Statistics of inoculations with Haffkine's anti-plague vaccine 1897-1900
Year: 1897
Disease focus: Plague
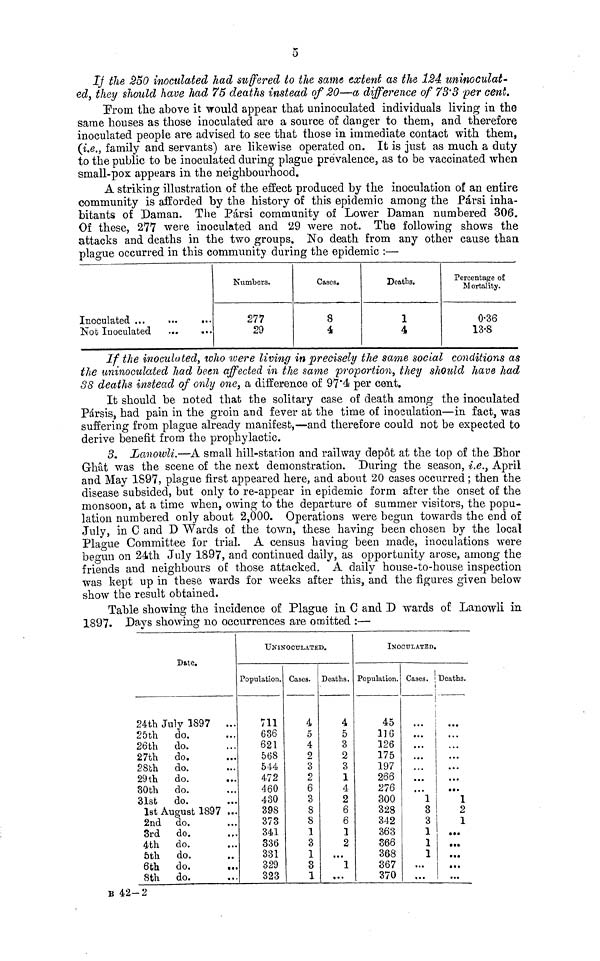
5
It the 250 inoculated had suffered to the same extent as the 124 uninoculat-
ed, they should have had 75 deaths instead of 20—a difference of 73'3 per cent.
From the above it would appear that uninoculated individuals living in the
same houses as those inoculated are a source of danger to them, and therefore
inoculated people are advised to see that those in immediate contact with them,
(i.e., family and servants) are likewise operated on. It is just as much a duty
to the public to be inoculated during plague prevalence, as to be vaccinated when
small-pox appears in the neighbourhood.
A striking illustration of the effect produced by the inoculation of an entire
community is afforded by the history of this epidemic among the Pársi inha-
bitants of Daman. The Pársi community of Lower Daman numbered 306.
Of these, 277 were inoculated and 29 were not. The following shows the
attacks and deaths in the two groups. No death from any other cause than
plague occurred in this community during the epidemic :—
Inoculated ...
...
...
Nob Inoculated ... ...
Numbers.
277
29
Cases.
8
4
Deaths.
1
4
Percentage of
Mortality.
0-36
13-8
If the inoculated, who were living in precisely the same social conditions as
the uninoculated had been affected in the same proportion, they should have had
38 deaths instead of only one, a difference of 97.4 per cent.
It should be noted that the solitary case of death among the inoculated
Pársis, had pain in the groin and fever at the time of inoculation—in fact, was
suffering from plague already manifest,—and therefore could not be expected to
derive benefit from the prophylactic.
3. Lanoivli.—A small hill-station and railway depot at the top of the Bhor
Ghat was the scene of the next demonstration. During the season, i.e., April
and May 1897, plague first appeared here, and about 20 cases occurred ; then the
disease subsided, but only to re-appear in epidemic form after the onset of the
monsoon, at a time when, owing to the departure of summer visitors, the popu-
lation numbered only about 2,000. Operations were begun towards the end of
July, in C and D Wards of the town, these having been chosen by the local
Plague Committee for trial. A census having been made, inoculations were
begun on 24th July 1897, and continued daily, as opportunity arose, among the
friends and neighbours of those attacked. A daily house-to-house inspection
was kept up in these wards for weeks after this, and the figures given below
show the result obtained.
Table showing the incidence of Plague in C and D wards of Lanowli in
1897. Days showing no occurrences are omitted :—
Date.
24th July 1897 ...
25th do. ...
26th do. ...
27th do. ...
28th
do. ...
29th do. ...
80th
do. ...
31st
do. ...
1st August 1897 ...
2nd do. ...
3rd do. ...
4th
do. ...
5th do. ...
6th do. ...
8th do. ...
B 42-2
UNINOCULATED.
Population.
711
636
621
568
544
472
460
430
398
373
341
836
331
329
323
Cases.
4
5
4
2
3
2
6
3
8
8
1
3
1
3
1
Deaths.
4
5
3
2
3
1
4
2
6
6
1
2
...
1
...
INOCULATED.
Population.
45
110
126
175
197
266
276
300
328
342
363
866
368
367
370
Cases.
...
...
...
...
...
...
1
8
3
1
1
1
...
...
Deaths.
...
1
2
1